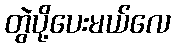
တွဲပို့ပေးမယ်လေ